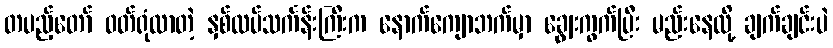
တပည့်တော် ဝတ်ရုံလာတဲ့ နှစ်ထပ်သင်္ကန်းကြီးက နောက်ကျောဘက်မှာ ချွေးကွက်ပြီး မည်းနေလို့ ချက်ချင်းပဲ